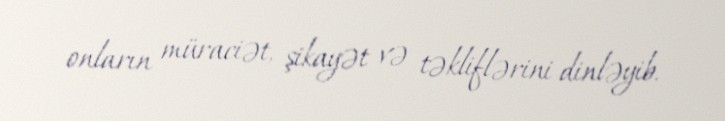
onların müraciət, şikayət və təkliflərini dinləyib.